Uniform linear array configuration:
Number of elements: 16
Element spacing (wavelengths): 0.75
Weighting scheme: uniform
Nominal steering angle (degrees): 60
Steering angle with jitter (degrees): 60.338
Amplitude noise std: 0.05
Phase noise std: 0.05

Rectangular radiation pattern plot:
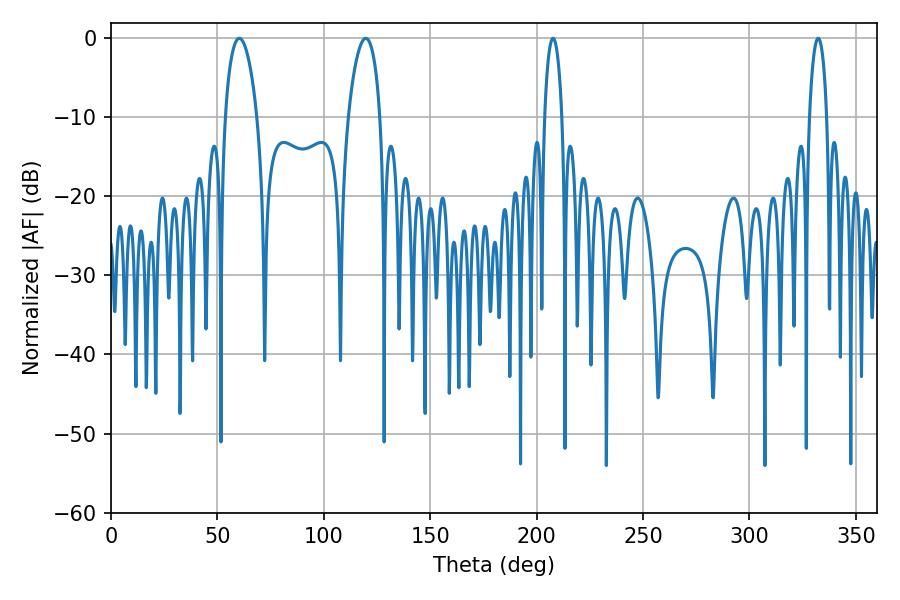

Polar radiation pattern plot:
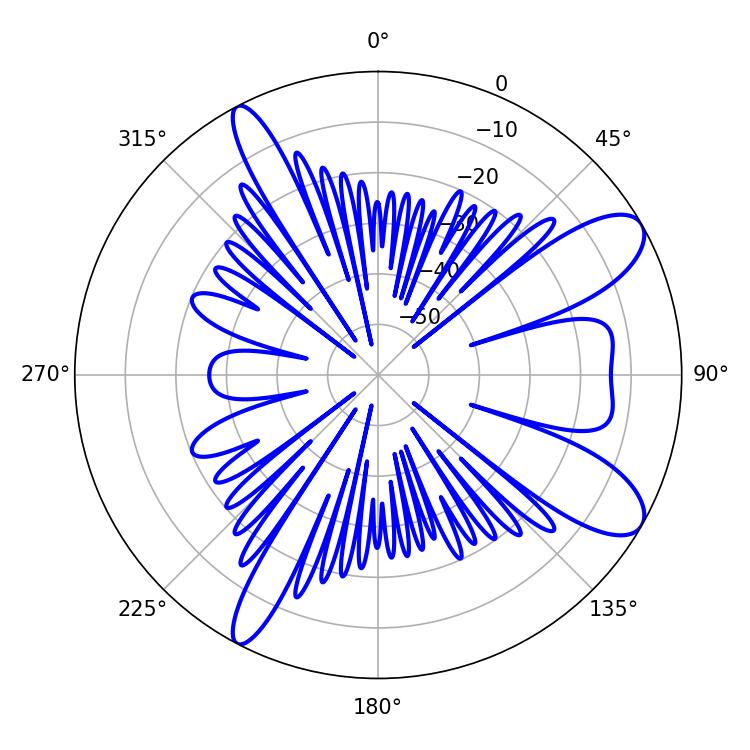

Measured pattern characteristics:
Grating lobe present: TRUE
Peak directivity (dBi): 9.795
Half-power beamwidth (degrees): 8.46
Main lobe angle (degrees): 60.3